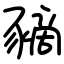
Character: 豴